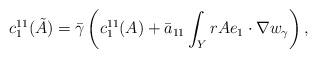
LaTeX: \begin{align*}c_1^{11}(\tilde{A}) = \bar{\gamma}\left( c_1^{11}(A) + \bar{a}_{11} \int_Y r A e_1\cdot \nabla w_{\gamma}\right),\end{align*}